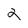
Character: 2